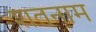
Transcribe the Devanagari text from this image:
शतनाम